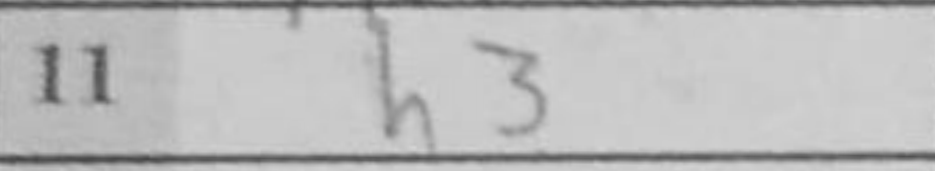
Transcription: h3